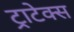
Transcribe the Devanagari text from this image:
ट्राटेक्स